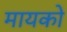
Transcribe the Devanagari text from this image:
मायको